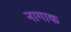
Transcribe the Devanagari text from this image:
नागाक